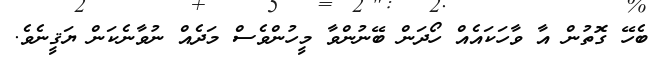
ބެހޭ ގޮތުން އާ ވާހަކައެއް ހޯދަން ބޭނުންވާ މީހުންވެސް މަދެއް ނުވާނެކަން ޔަޤީނެވެ.